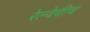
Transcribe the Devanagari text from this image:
रेल्वेचीच